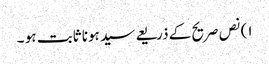
١) نص صریح کے ذریعے سید ہونا ثابت ہو ۔